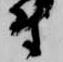
尉